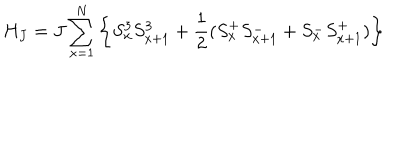
LaTeX: H _ { J } = J \sum _ { x = 1 } ^ { N } \left\{ S _ { x } ^ { 3 } S _ { x + 1 } ^ { 3 } + \frac { 1 } { 2 } ( S _ { x } ^ { + } S _ { x + 1 } ^ { - } + S _ { x } ^ { - } S _ { x + 1 } ^ { + } ) \right\}